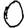
Digit: 0